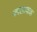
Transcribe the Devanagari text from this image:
कालाबाश